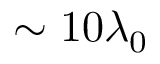
\sim 1 0 \lambda _ { 0 }